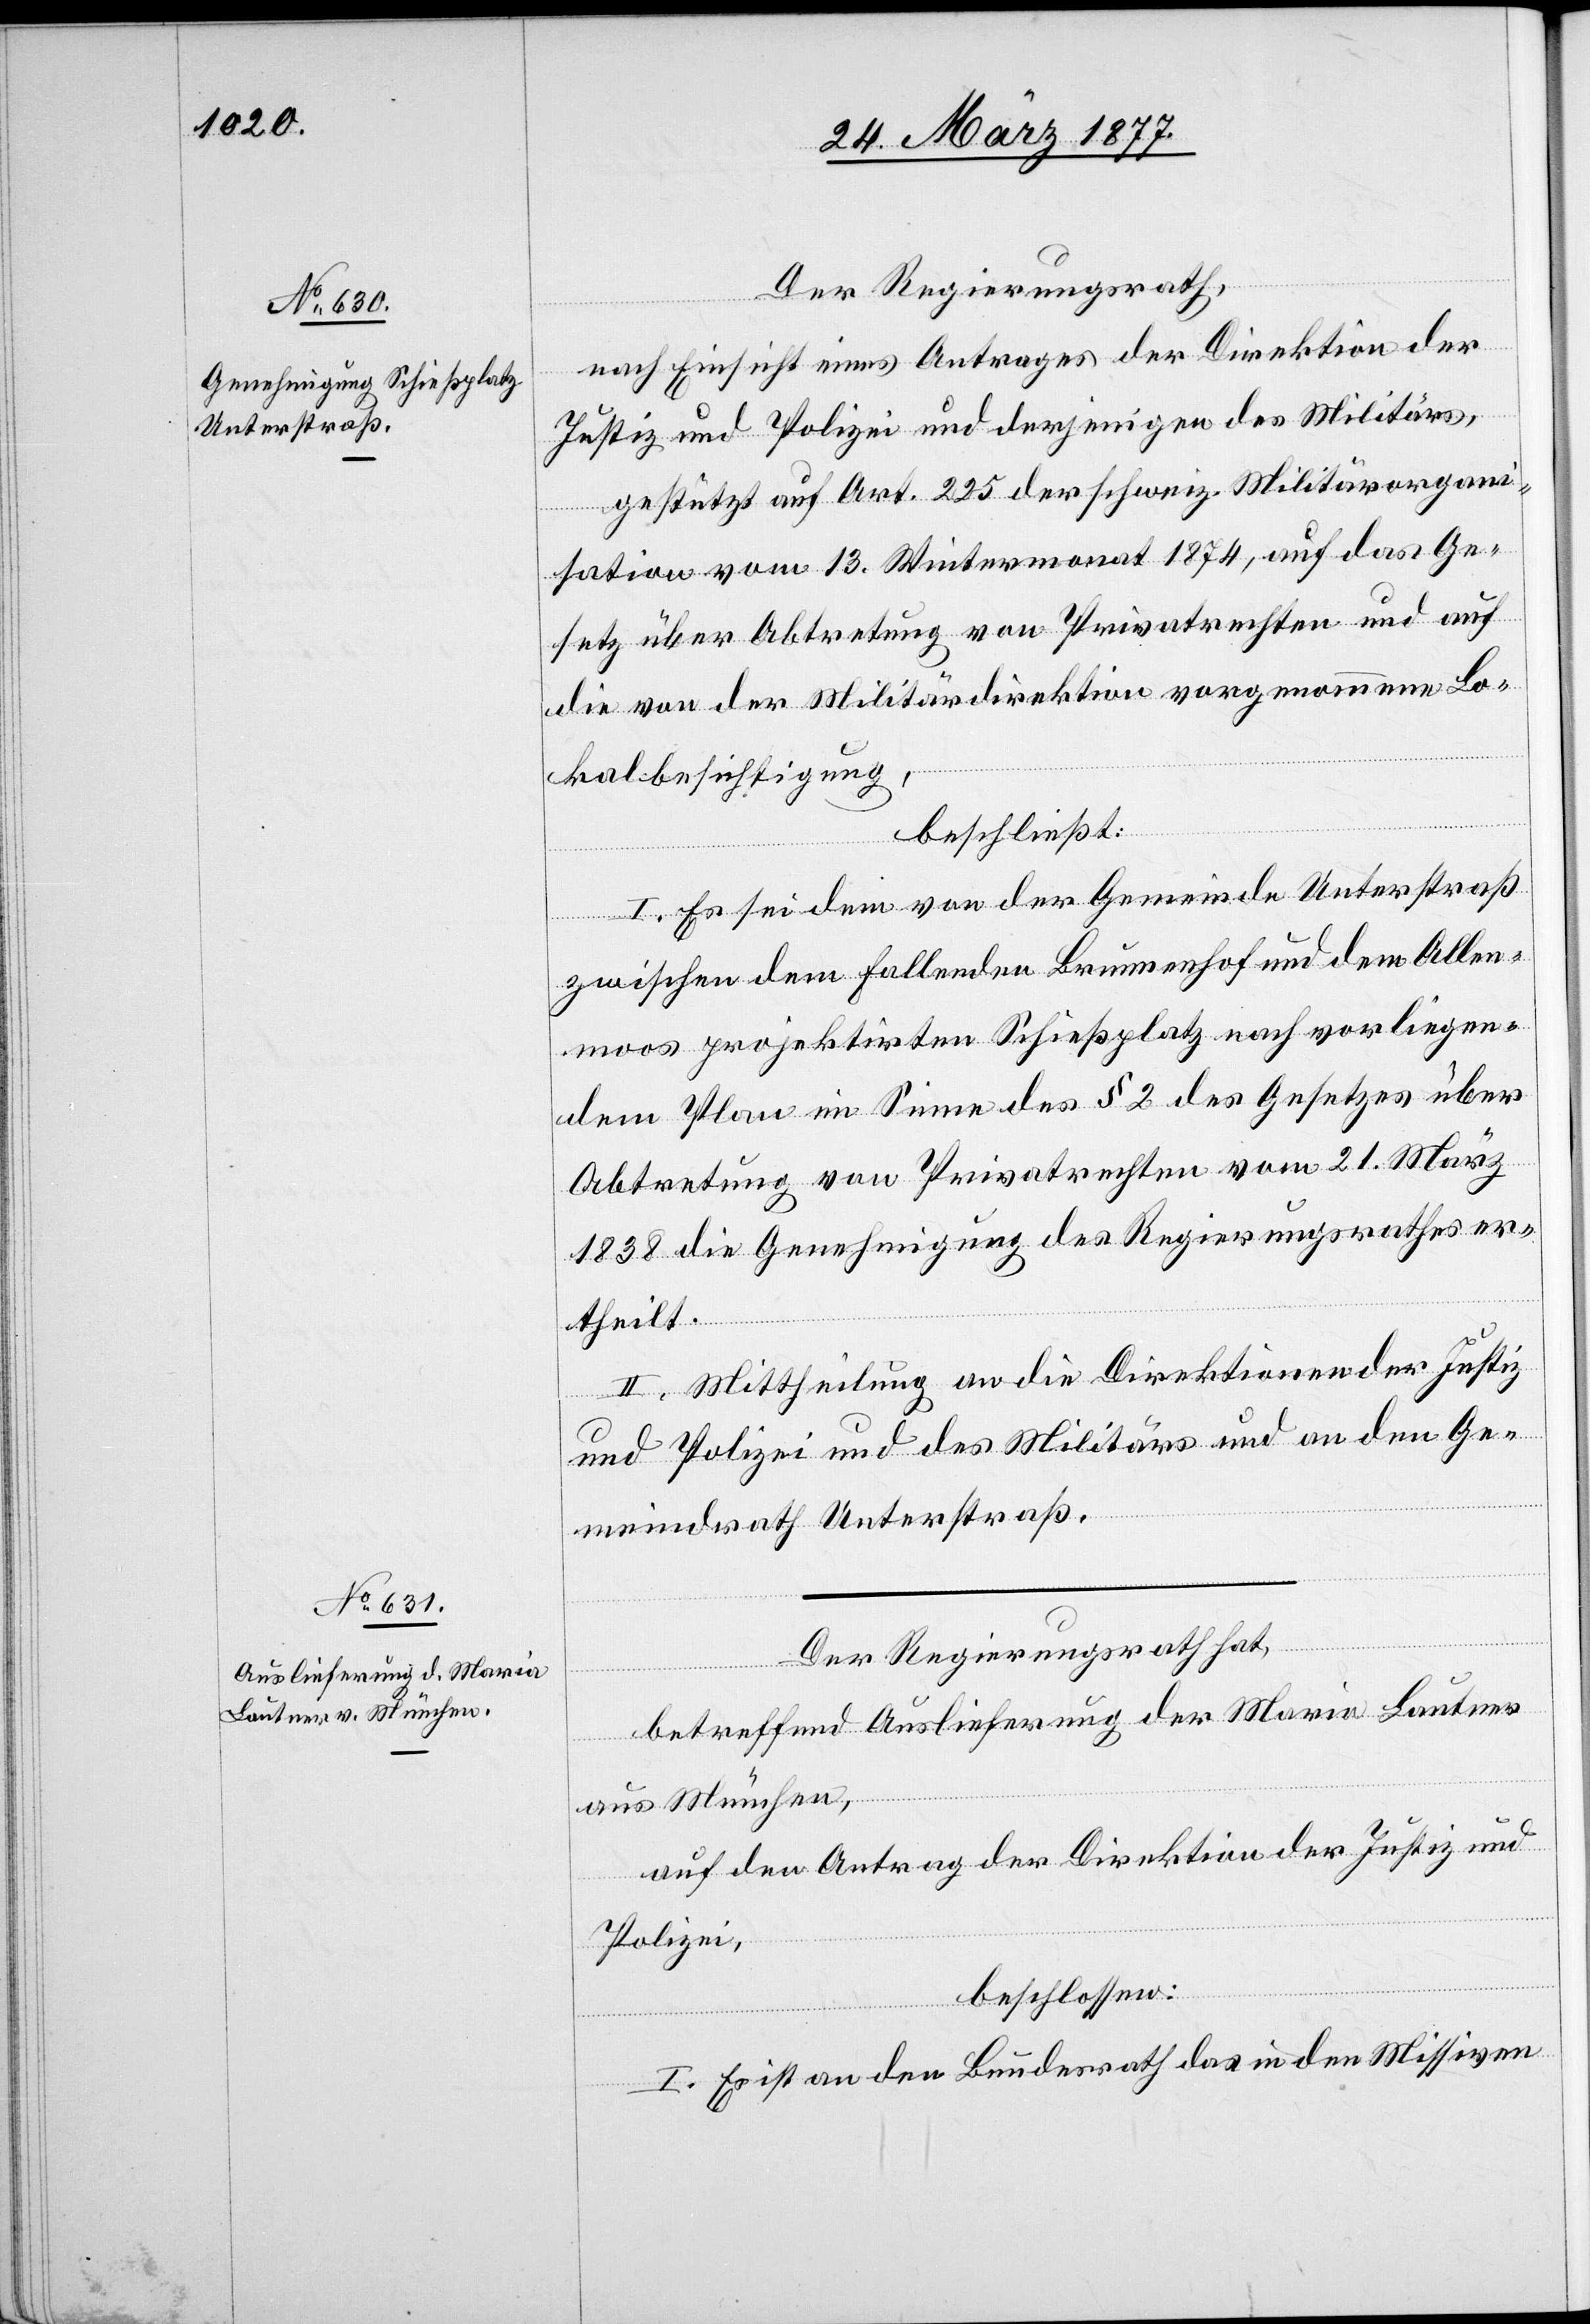
Der Regierungsrath,
nach Einsicht eines Antrages der Direktion der
Justiz und Polizei und derjenigen des Militärs,
gestützt auf Art. 225 der schweiz. Militärorgani¬
sation vom 13. Wintermonat 1874, auf das Ge¬
setz über Abtretung von Privatrechten und auf
die von der Militärdirektion vorgenommene Lo¬
kalbesichtigung,
beschließt:
I. Es sei dem von der Gemeinde Unterstraß
zwischen dem Fallenden Brunnenhof und dem Allen¬
moos projektirten Schießplatz nach vorliegen¬
dem Plan im Sinne des § 2 des Gesetzes über
Abtretung von Privatrechten vom 21. März
1838 die Genehmigung des Regierungsrathes er¬
theilt.
II. Mittheilung an die Direktionen der Justiz
und Polizei und des Militärs und an den Ge¬
meindrath Unterstraß.
Der Regierungsrath hat,
betreffend Auslieferung der Maria Lautner
aus München,
auf den Antrag der Direktion der Justiz und
Polizei,
beschlossen:
I. Es ist an den Bundesrath das in den Missiven